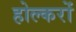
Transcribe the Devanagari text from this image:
होल्करों